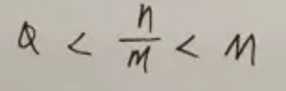
$Q < \frac{n}{m} < M$